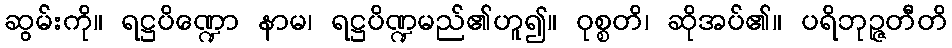
ဆွမ်းကို။ ရဋ္ဌပိဏ္ဍော နာမ၊ ရဋ္ဌပိဏ္ဍမည်၏ဟူ၍။ ဝုစ္စတိ၊ ဆိုအပ်၏။ ပရိဘုဉ္ဇတီတိ